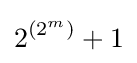
2^{(2^{m})}+1